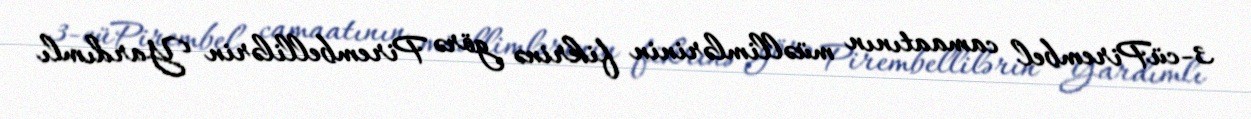
3-cüPirembel camaatının müəllimlərinin fikrinə görə Pirembellilərin Yardımlı